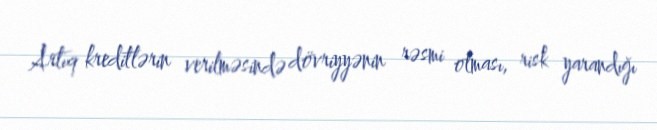
Artıq kreditlərin verilməsində dövriyyənin rəsmi olması, risk yarandığı